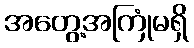
အတွေ့အကြုံမရှိ